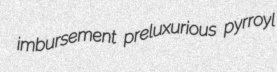
imbursement preluxurious pyrroyl